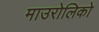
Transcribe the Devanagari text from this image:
माउरोलिको